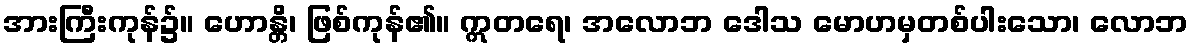
အားကြီးကုန်၌။ ဟောန္တိ၊ ဖြစ်ကုန်၏။ ဣတရေ၊ အလောဘ ဒေါသ မောဟမှတစ်ပါးသော၊ လောဘ